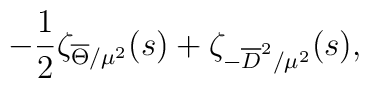
-{1 \over 2} \zeta_{\overline{\Theta}/\mu^2}(s) + \zeta_{-\overline{D}^2/\mu^2}(s),